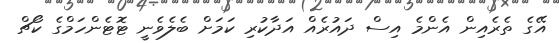
އޭގެ ތެރެއިން އެންމެ އިސް ދައުރެއް އަދާކުރި ކަމަށް ބެލެވެނީ ޓޮޓެންހަމްގެ ކޯޗް